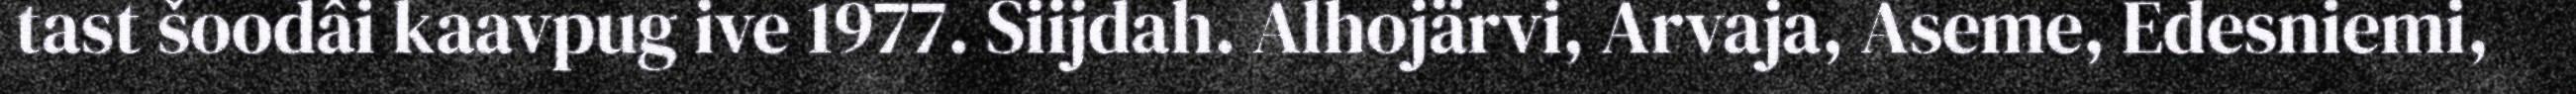
tast šoodâi kaavpug ive 1977. Siijdah. Alhojärvi, Arvaja, Aseme, Edesniemi,